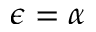
\epsilon = \alpha